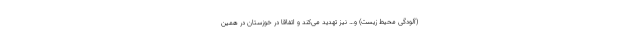
(آلودگی محیط زیست) و… نیز تهدید می‌کند و اتفاقاً در خوزستان در همین